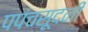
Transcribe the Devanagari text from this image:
पपंचसूदनी